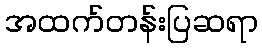
အထက်တန်းပြဆရာ